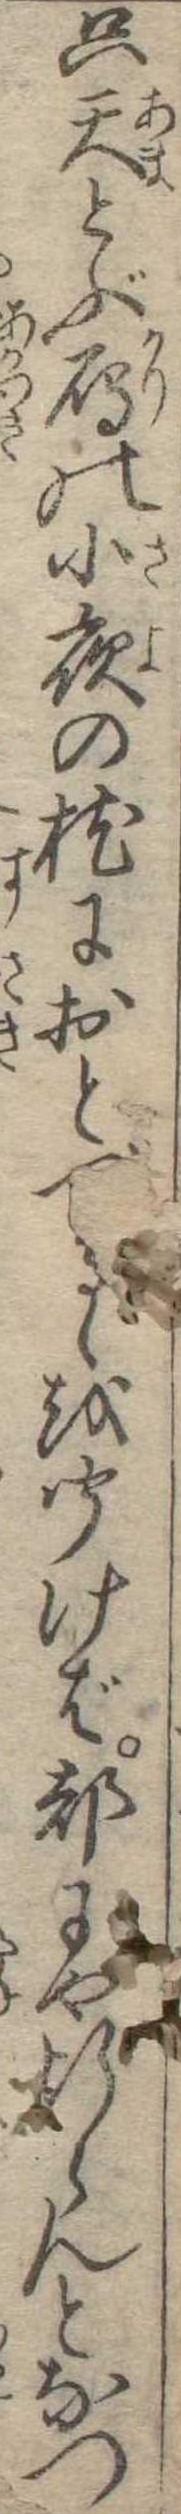
只天とぶ雁の小夜の枕におとるゝを聞けば都にや行らんとなつ